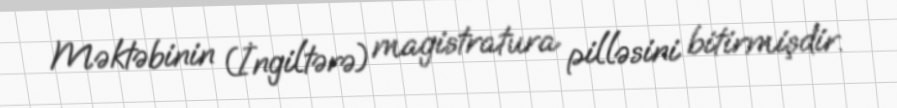
Məktəbinin (İngiltərə) magistratura pilləsini bitirmişdir.